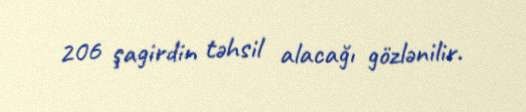
206 şagirdin təhsil alacağı gözlənilir.